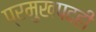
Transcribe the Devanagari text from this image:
प्रमुखपदही